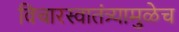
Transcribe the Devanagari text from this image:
विचारस्वातंत्र्यामुळेच